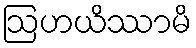
ဩဟယိဿာမိ